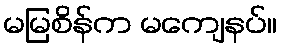
မမြစိန်က မကျေနပ်။